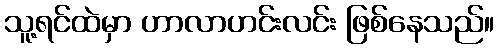
သူ့ရင်ထဲမှာ ဟာလာဟင်းလင်း ဖြစ်နေသည်။